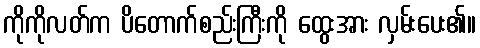
ကိုကိုလတ်က ပိတောက်စည်းကြီးကို ထွေးအား လှမ်းပေး၏။